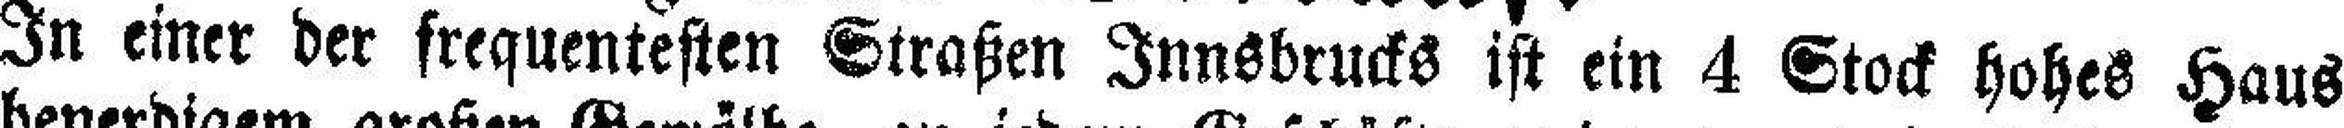
In einer der frequentesten Straßen Innsbrucks ist ein 4 Stock hohes Haus